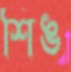
শিঙ